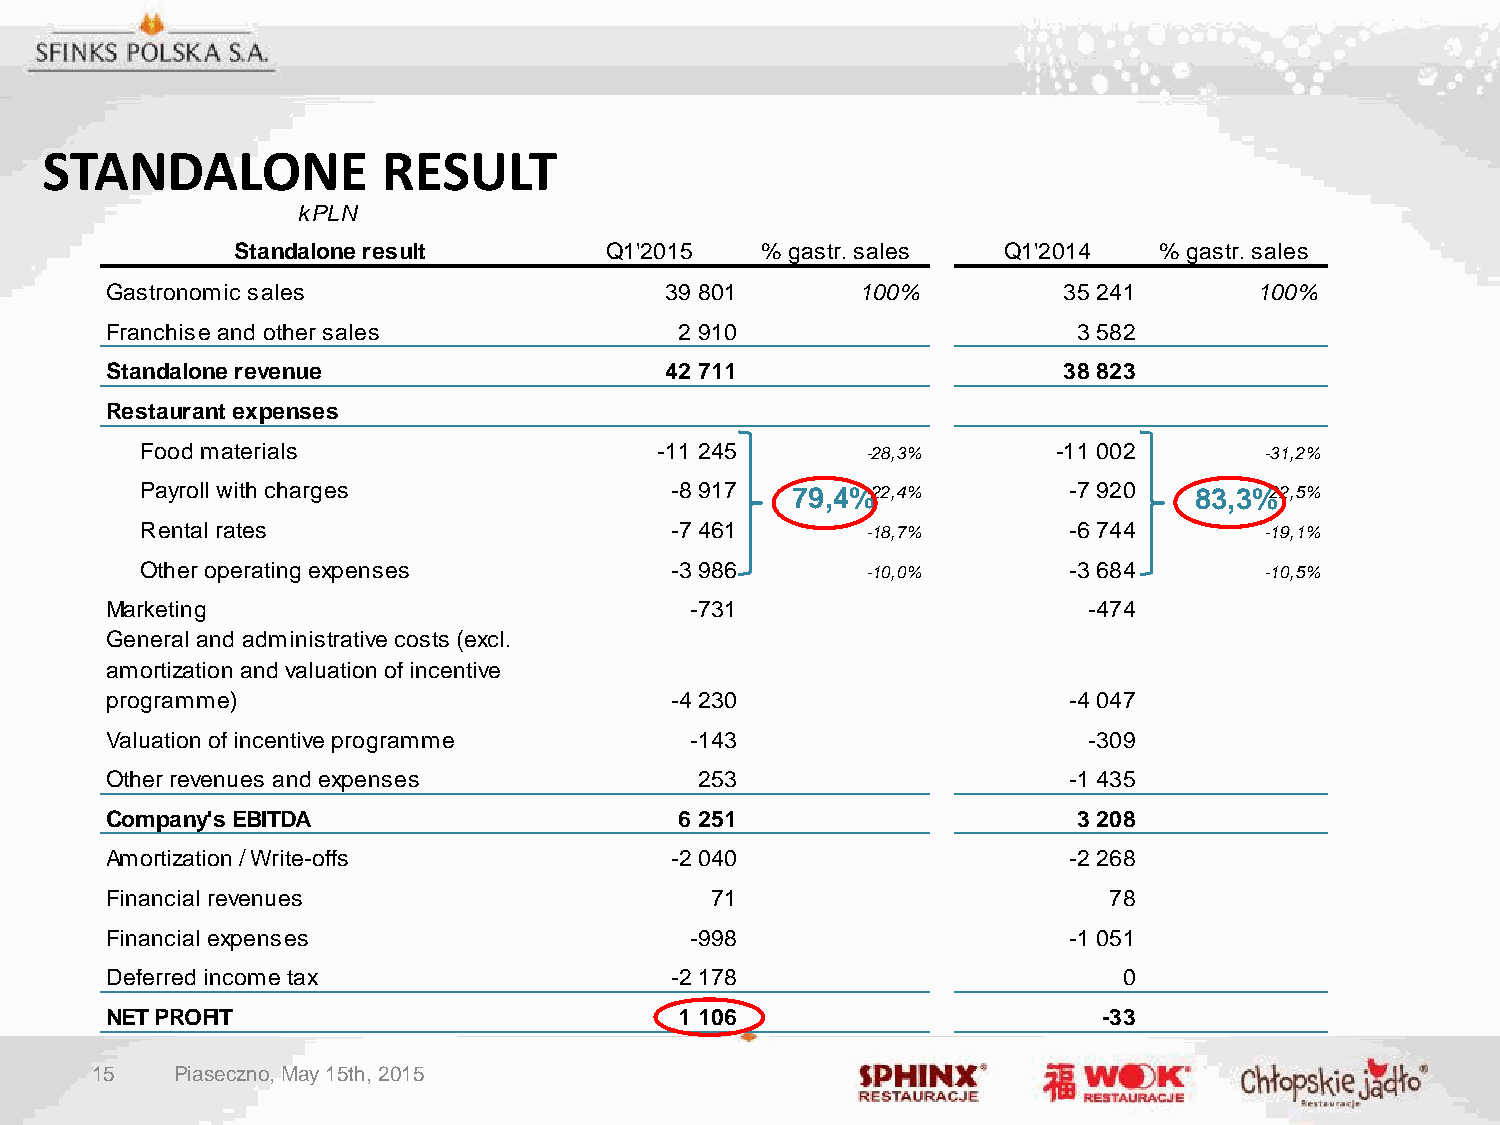
STANDALONE            RESULT
 kPLN
 Standalone result       Q1'2015   % gastr. sales  Q1'2014    % gastr. sales
 Gastronomic sales                    39 801       100%         35 241       100%
 Franchise and other sales             2 910                     3 582
 Standalone revenue                   42 711                    38 823
 Restaurant expenses
 Food materials                     -11 245      -28,3%       -11 002       -31,2%
 Payroll with charges               -8 917  79,4%-2 2,4%       -7 920  83,3%-2 2,5%
 Rental rates                       -7 461       -18,7%        -6 744       -19,1%
 Other operating expenses           -3 986       -10,0%        -3 684       -10,5%
 Marketing                              -731                      -474
 General and administrative costs (excl.
 amortization and valuation of incentive
 programme)                           -4 230                     -4 047
 Valuation of incentive programme       -143                      -309
 Other revenues and expenses            253                      -1 435
 Company's EBITDA                      6 251                     3 208
 Amortization / Write-offs            -2 040                     -2 268
 Financial revenues                      71                        78
 Financial expenses                     -998                     -1 051
 Deferred income tax                  -2 178                        0
 NET PROFIT                            1 106                       -33
 15    Piaseczno, May 15th, 2015